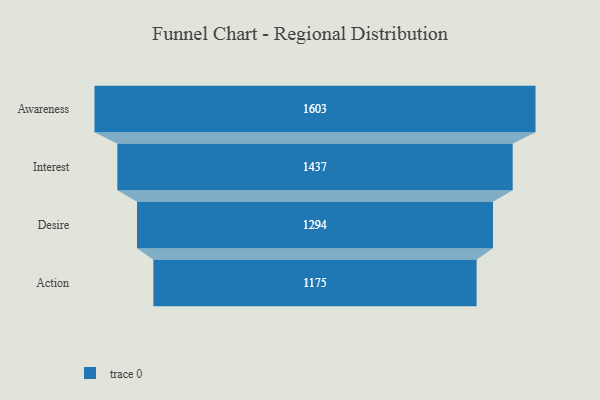
{"axis": {"x": "Stage", "y": "Value"}, "legend": [""], "data": [{"x": "Awareness", "y": 1603.0, "type": ""}, {"x": "Interest", "y": 1437.0, "type": ""}, {"x": "Desire", "y": 1294.0, "type": ""}, {"x": "Action", "y": 1175.0, "type": ""}]}